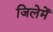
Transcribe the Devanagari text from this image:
जिलेमें